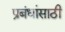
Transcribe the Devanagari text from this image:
प्रबंधांसाठी